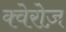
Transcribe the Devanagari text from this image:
क्वेरोज़